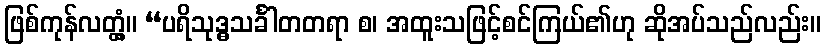
ဖြစ်ကုန်လတ္တံ့။ “ပရိသုဒ္ဓသင်္ခါတတရာ စ၊ အထူးသဖြင့်စင်ကြယ်၏ဟု ဆိုအပ်သည်လည်း။